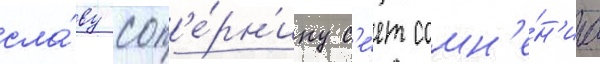
сла́ву соп'е́рн'ику с'е́ет сомн'е́н'иа